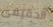
الحقيقى